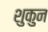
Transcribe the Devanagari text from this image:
शुकुन